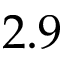
2 . 9